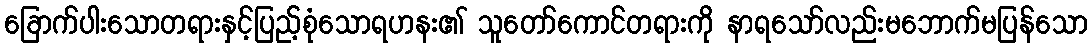
ခြောက်ပါးသောတရားနှင့်ပြည့်စုံသောရဟနး၏ သူတော်ကောင်တရားကို နာရသော်လည်းမဘောက်မပြန်သော